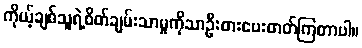
ကိုယ့်ချစ်သူရဲ့စိတ်ချမ်းသာမှုကိုသာဦးစားပေးတတ်ကြတာပါ။